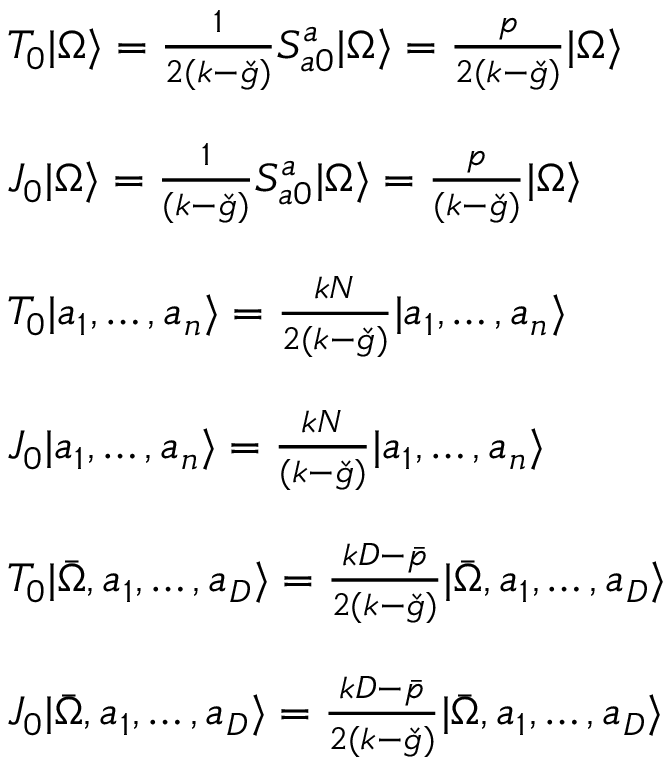
\begin{array} { l } { { T _ { 0 } | \Omega \rangle = \frac { 1 } { 2 ( k - \check { g } ) } S _ { a 0 } ^ { a } | \Omega \rangle = \frac { p } { 2 ( k - \check { g } ) } | \Omega \rangle } } \\ { { \ } } \\ { { J _ { 0 } | \Omega \rangle = \frac { 1 } { ( k - \check { g } ) } S _ { a 0 } ^ { a } | \Omega \rangle = \frac { p } { ( k - \check { g } ) } | \Omega \rangle } } \\ { { \ } } \\ { { T _ { 0 } | a _ { 1 } , \ldots , a _ { n } \rangle = \frac { k N } { 2 ( k - \check { g } ) } | a _ { 1 } , \ldots , a _ { n } \rangle } } \\ { { \ } } \\ { { J _ { 0 } | a _ { 1 } , \ldots , a _ { n } \rangle = \frac { k N } { ( k - \check { g } ) } | a _ { 1 } , \ldots , a _ { n } \rangle } } \\ { { \ } } \\ { { T _ { 0 } | \bar { \Omega } , a _ { 1 } , \ldots , a _ { D } \rangle = \frac { k D - \bar { p } } { 2 ( k - \check { g } ) } | \bar { \Omega } , a _ { 1 } , \ldots , a _ { D } \rangle } } \\ { { \ } } \\ { { J _ { 0 } | \bar { \Omega } , a _ { 1 } , \ldots , a _ { D } \rangle = \frac { k D - \bar { p } } { 2 ( k - \check { g } ) } | \bar { \Omega } , a _ { 1 } , \ldots , a _ { D } \rangle } } \end{array}